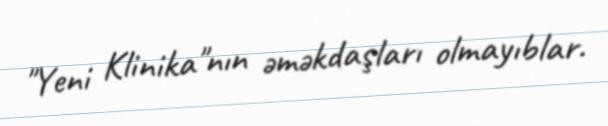
"Yeni Klinika"nın əməkdaşları olmayıblar.